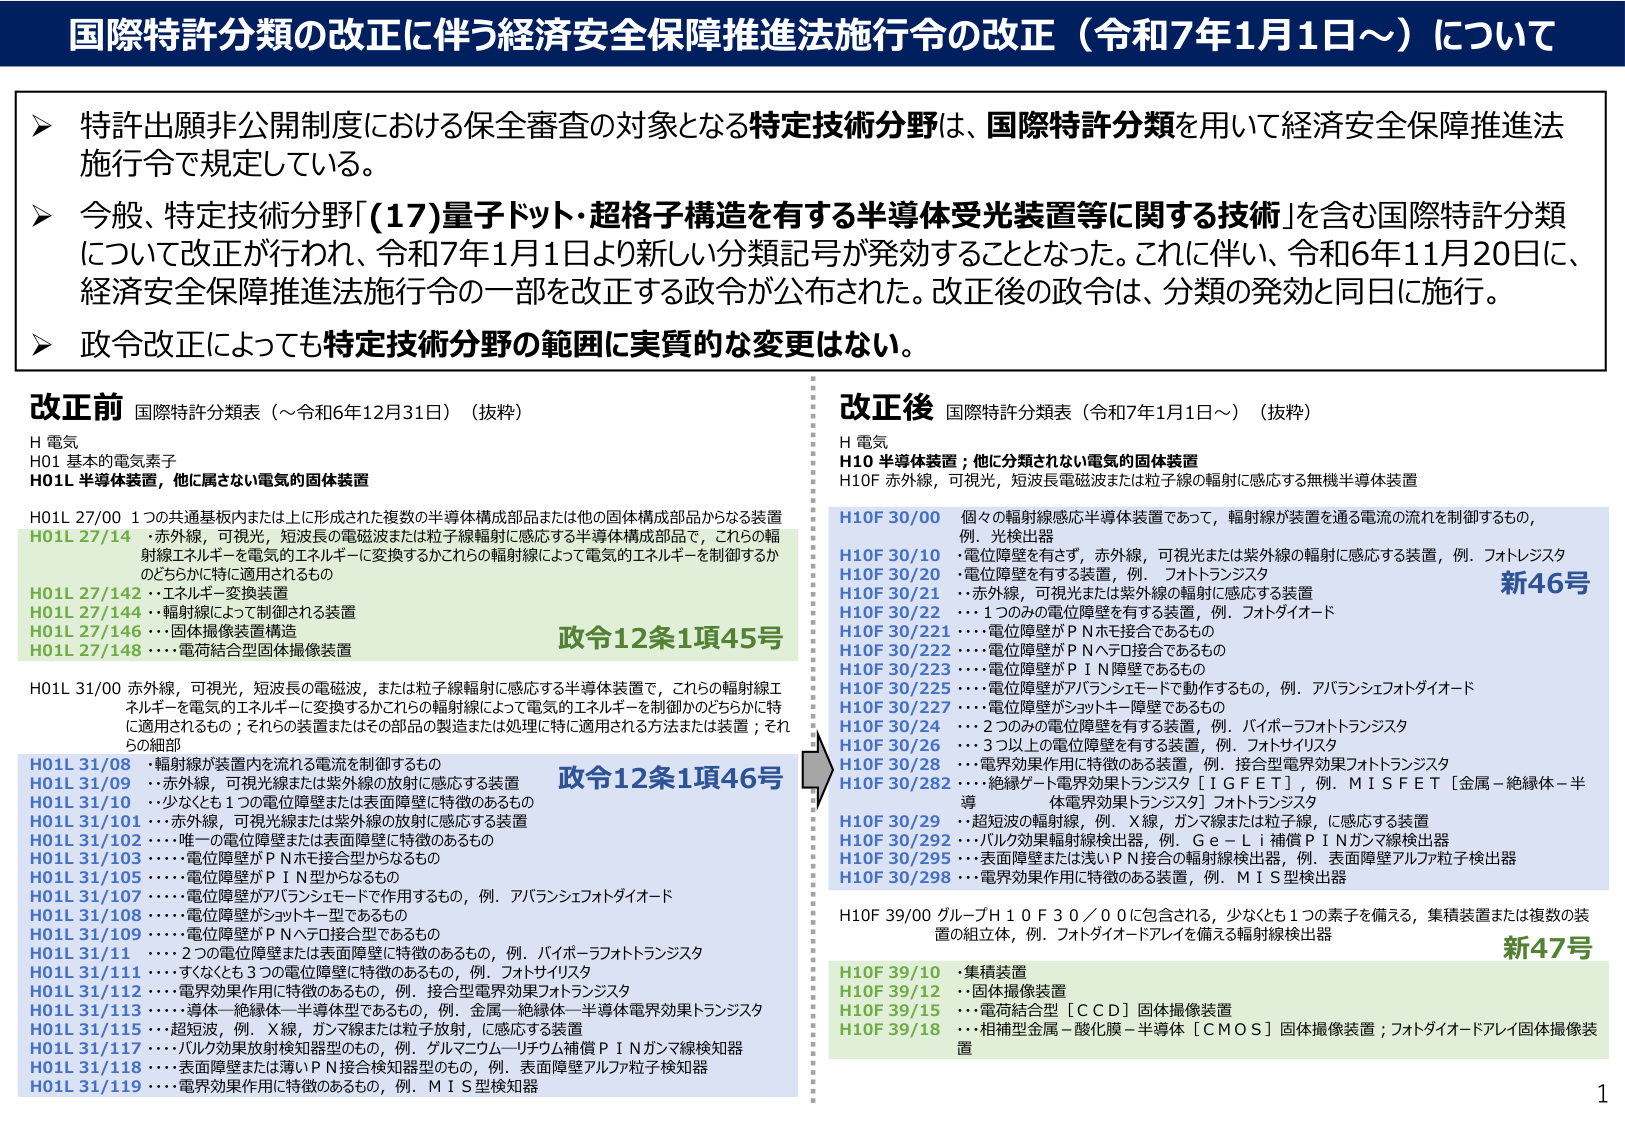
国際特許分類の改正に伴う経済安全保障推進法施行令の改正（令和7年1月1日～）について

▶ 特許出願非公開制度における保全審査の対象となる特定技術分野は、国際特許分類を用いて経済安全保障推進法施行令で規定している。

▶ 今般、特定技術分野「(17)量子ドット・超格子構造を有する半導体受光装置等に関する技術」を含む国際特許分類について改正が行われ、令和7年1月1日より新しい分類記号が発効することとなった。これに伴い、令和6年11月20日に、経済安全保障推進法施行令の一部を改正する政令が公布された。改正後の政令は、分類の発効と同日に施行。

▶ 政令改正によっても特定技術分野の範囲に実質的な変更はない。

改正前 国際特許分類表（～令和6年12月31日）（抜粋）
H 電気
H01 基本的電気素子
H01L 半導体装置，他に属さない電気的固体装置

H01L 27/00 1つの共通基板内または上に形成された複数の半導体構成部品または他の固体構成部品からなる装置
H01L 27/14 ・赤外線，可視光，短波長の電磁波または粒子線輻射に感応する半導体構成部品で，これらの輻射線エネルギーを電気的エネルギーに変換するかこれらの輻射線によって電気的エネルギーを制御するかのどちらかに特に適用されるもの
H01L 27/142 ・エネルギー変換装置
H01L 27/144 ・輻射線によって制御される装置
H01L 27/146 ・固体撮像装置構造
H01L 27/148 ・・・電荷結合型固体撮像装置

H01L 31/00 赤外線，可視光，短波長の電磁波，または粒子線輻射に感応する半導体装置で，これらの輻射線エネルギーを電気的エネルギーに変換するかこれらの輻射線によって電気的エネルギーを制御かのどちらかに特に適用されるもの；それらの装置またはその部品の製造または処理に特に適用される方法または装置；それらの細部
H01L 31/08 ・輻射線が装置内を流れる電流を制御するもの
H01L 31/09 ・・赤外線，可視光線または紫外線の放射に感応する装置
H01L 31/10 ・・少なくとも1つの電位障壁または表面障壁に特徴のあるもの
H01L 31/101 ・・・赤外線，可視光線または紫外線の放射に感応する装置
H01L 31/102 ・・・唯一の電位障壁または表面障壁に特徴のあるもの
H01L 31/103 ・・・電位障壁がＰＮホモ接合型からなるもの
H01L 31/105 ・・・電位障壁がＰＩＮ型からなるもの
H01L 31/107 ・・・電位障壁がアバランシェモードで作用するもの，例．アバランシェフォトダイオード
H01L 31/108 ・・・電位障壁がショットキー型であるもの
H01L 31/109 ・・・電位障壁がＰＮヘテロ接合型であるもの
H01L 31/11 ・・・2つの電位障壁または表面障壁に特徴のあるもの，例．バイポーラフォトトランジスタ
H01L 31/111 ・・・少なくとも3つの電位障壁に特徴のあるもの，例．フォトサイリスタ
H01L 31/112 ・・・電界効果作用に特徴のあるもの，例．接合型電界効果フォトトランジスタ
H01L 31/113 ・・・導体－絶縁体－半導体型であるもの，例．金属－絶縁体－半導体電界効果トランジスタ
H01L 31/115 ・・・超短波，例．Ｘ線，ガンマ線または粒子放射，に感応する装置
H01L 31/117 ・・・バルク効果放射線知器型のもの，例．ゲルマニウム－リチウム補償ＰＩＮガンマ線検知器
H01L 31/118 ・・・表面障壁または薄いＰＮ接合検知器型のもの，例．表面障壁アルファ粒子検知器
H01L 31/119 ・・・電界効果作用に特徴のあるもの，例．ＭＩＳ型検知器

政令12条1項45号
政令12条1項46号

改正後 国際特許分類表（令和7年1月1日～）（抜粋）
H 電気
H10 半導体装置；他に分類されない電気的固体装置
H10F 赤外線，可視光，短波長電磁波または粒子線の輻射に感応する無機半導体装置

H10F 30/00 個々の輻射線感応半導体装置であって，輻射線が装置を通る電流の流れを制御するもの，例．光検出器
H10F 30/10 ・電位障壁を有さず，赤外線，可視光または紫外線の輻射に感応する装置，例．フォトレンジスタ
H10F 30/20 ・電位障壁を有する装置，例．フォトトランジスタ
H10F 30/21 ・・赤外線，可視光または紫外線の輻射に感応する装置
H10F 30/22 ・・・1つのみの電位障壁を有する装置，例．フォトダイオード
H10F 30/221 ・・・電位障壁がＰＮホモ接合であるもの
H10F 30/222 ・・・電位障壁がＰＮヘテロ接合であるもの
H10F 30/223 ・・・電位障壁がＰＩＮ障壁であるもの
H10F 30/225 ・・・電位障壁がアバランシェモードで動作するもの，例．アバランシェフォトダイオード
H10F 30/227 ・・・電位障壁がショットキー障壁であるもの
H10F 30/24 ・・2つのみの電位障壁を有する装置，例．バイポーラフォトトランジスタ
H10F 30/26 ・・3つ以上の電位障壁を有する装置，例．フォトサイリスタ
H10F 30/28 ・・電界効果作用に特徴のある装置，例．接合型電界効果フォトトランジスタ
H10F 30/282 ・・・絶縁ゲート電界効果トランジスタ［ＩＧＦＥＴ］，例．ＭＩＳＦＥＴ［金属－絶縁体－半導体電界効果トランジスタ］フォトトランジスタ
H10F 30/29 ・・超短波の輻射線，例．Ｘ線，ガンマ線または粒子線，に感応する装置
H10F 30/292 ・・・バルク効果輻射線検出器，例．Ｇｅ－Ｌｉ補償ＰＩＮガンマ線検出器
H10F 30/295 ・・・表面障壁または浅いＰＮ接合の輻射線検出器，例．表面障壁アルファ粒子検出器
H10F 30/298 ・・・電界効果作用に特徴のある装置，例．ＭＩＳ型検出器

H10F 39/00 グループＨ10Ｆ30／00に包含される，少なくとも1つの素子を備える，集積装置または複数の装置の組立体，例．フォトダイオードアレイを備える輻射線検出器

H10F 39/10 ・集積装置
H10F 39/12 ・・固体撮像装置
H10F 39/15 ・・電荷結合型［ＣＣＤ］固体撮像装置
H10F 39/18 ・・相補型金属－酸化膜－半導体［ＣＭＯＳ］固体撮像装置；フォトダイオードアレイ固体撮像装置

新46号
新47号

1